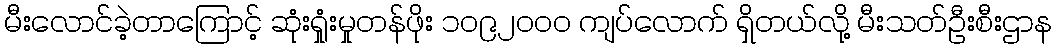
မီးလောင်ခဲ့တာကြောင့် ဆုံးရှုံးမှုတန်ဖိုး ၁၀၉၂၀၀၀ ကျပ်လောက် ရှိတယ်လို့ မီးသတ်ဦးစီးဌာန